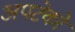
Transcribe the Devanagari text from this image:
अपटेकों